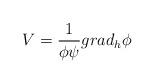
LaTeX: \begin{align*}V = \frac{1}{\phi \psi} grad_{h}\phi\end{align*}